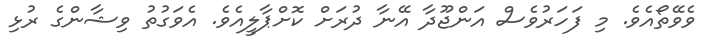
ވެވޭތޯއެވެ. މި ފަހަރުވެސް އަންޖޫދާ އޭނާ ދުރަށް ކޮށްޕާލީއެވެ. އެވަގުތު ވިޝާންގެ ރުޅި